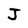
Character: J